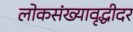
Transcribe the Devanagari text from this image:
लोकसंख्यावृद्धीदर